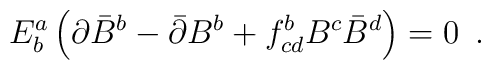
E^a_b \left(\partial \bar B^{b} - \bar \partial B^{b}+f_{cd}^{b}B^{c}\bar B^{d}\right)=0\,\,\,.